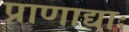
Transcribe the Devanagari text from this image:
प्राणाद्याः